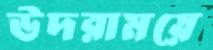
উদরাময়ে